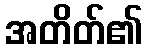
အတိတ်၏